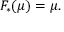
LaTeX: F _ { * } ( \mu ) = \mu .